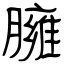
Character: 臃